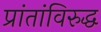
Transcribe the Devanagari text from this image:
प्रांतांविरुद्ध